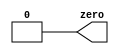
module top_module(output zero);// Module body starts after semicolon
	assign zero = 0;
endmodule